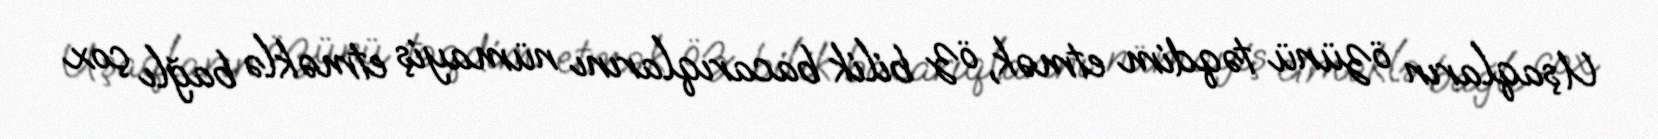
Uşaqların özünü təqdim etmək, öz bilik bacarıqlarını nümayiş etməklə bağlı çox